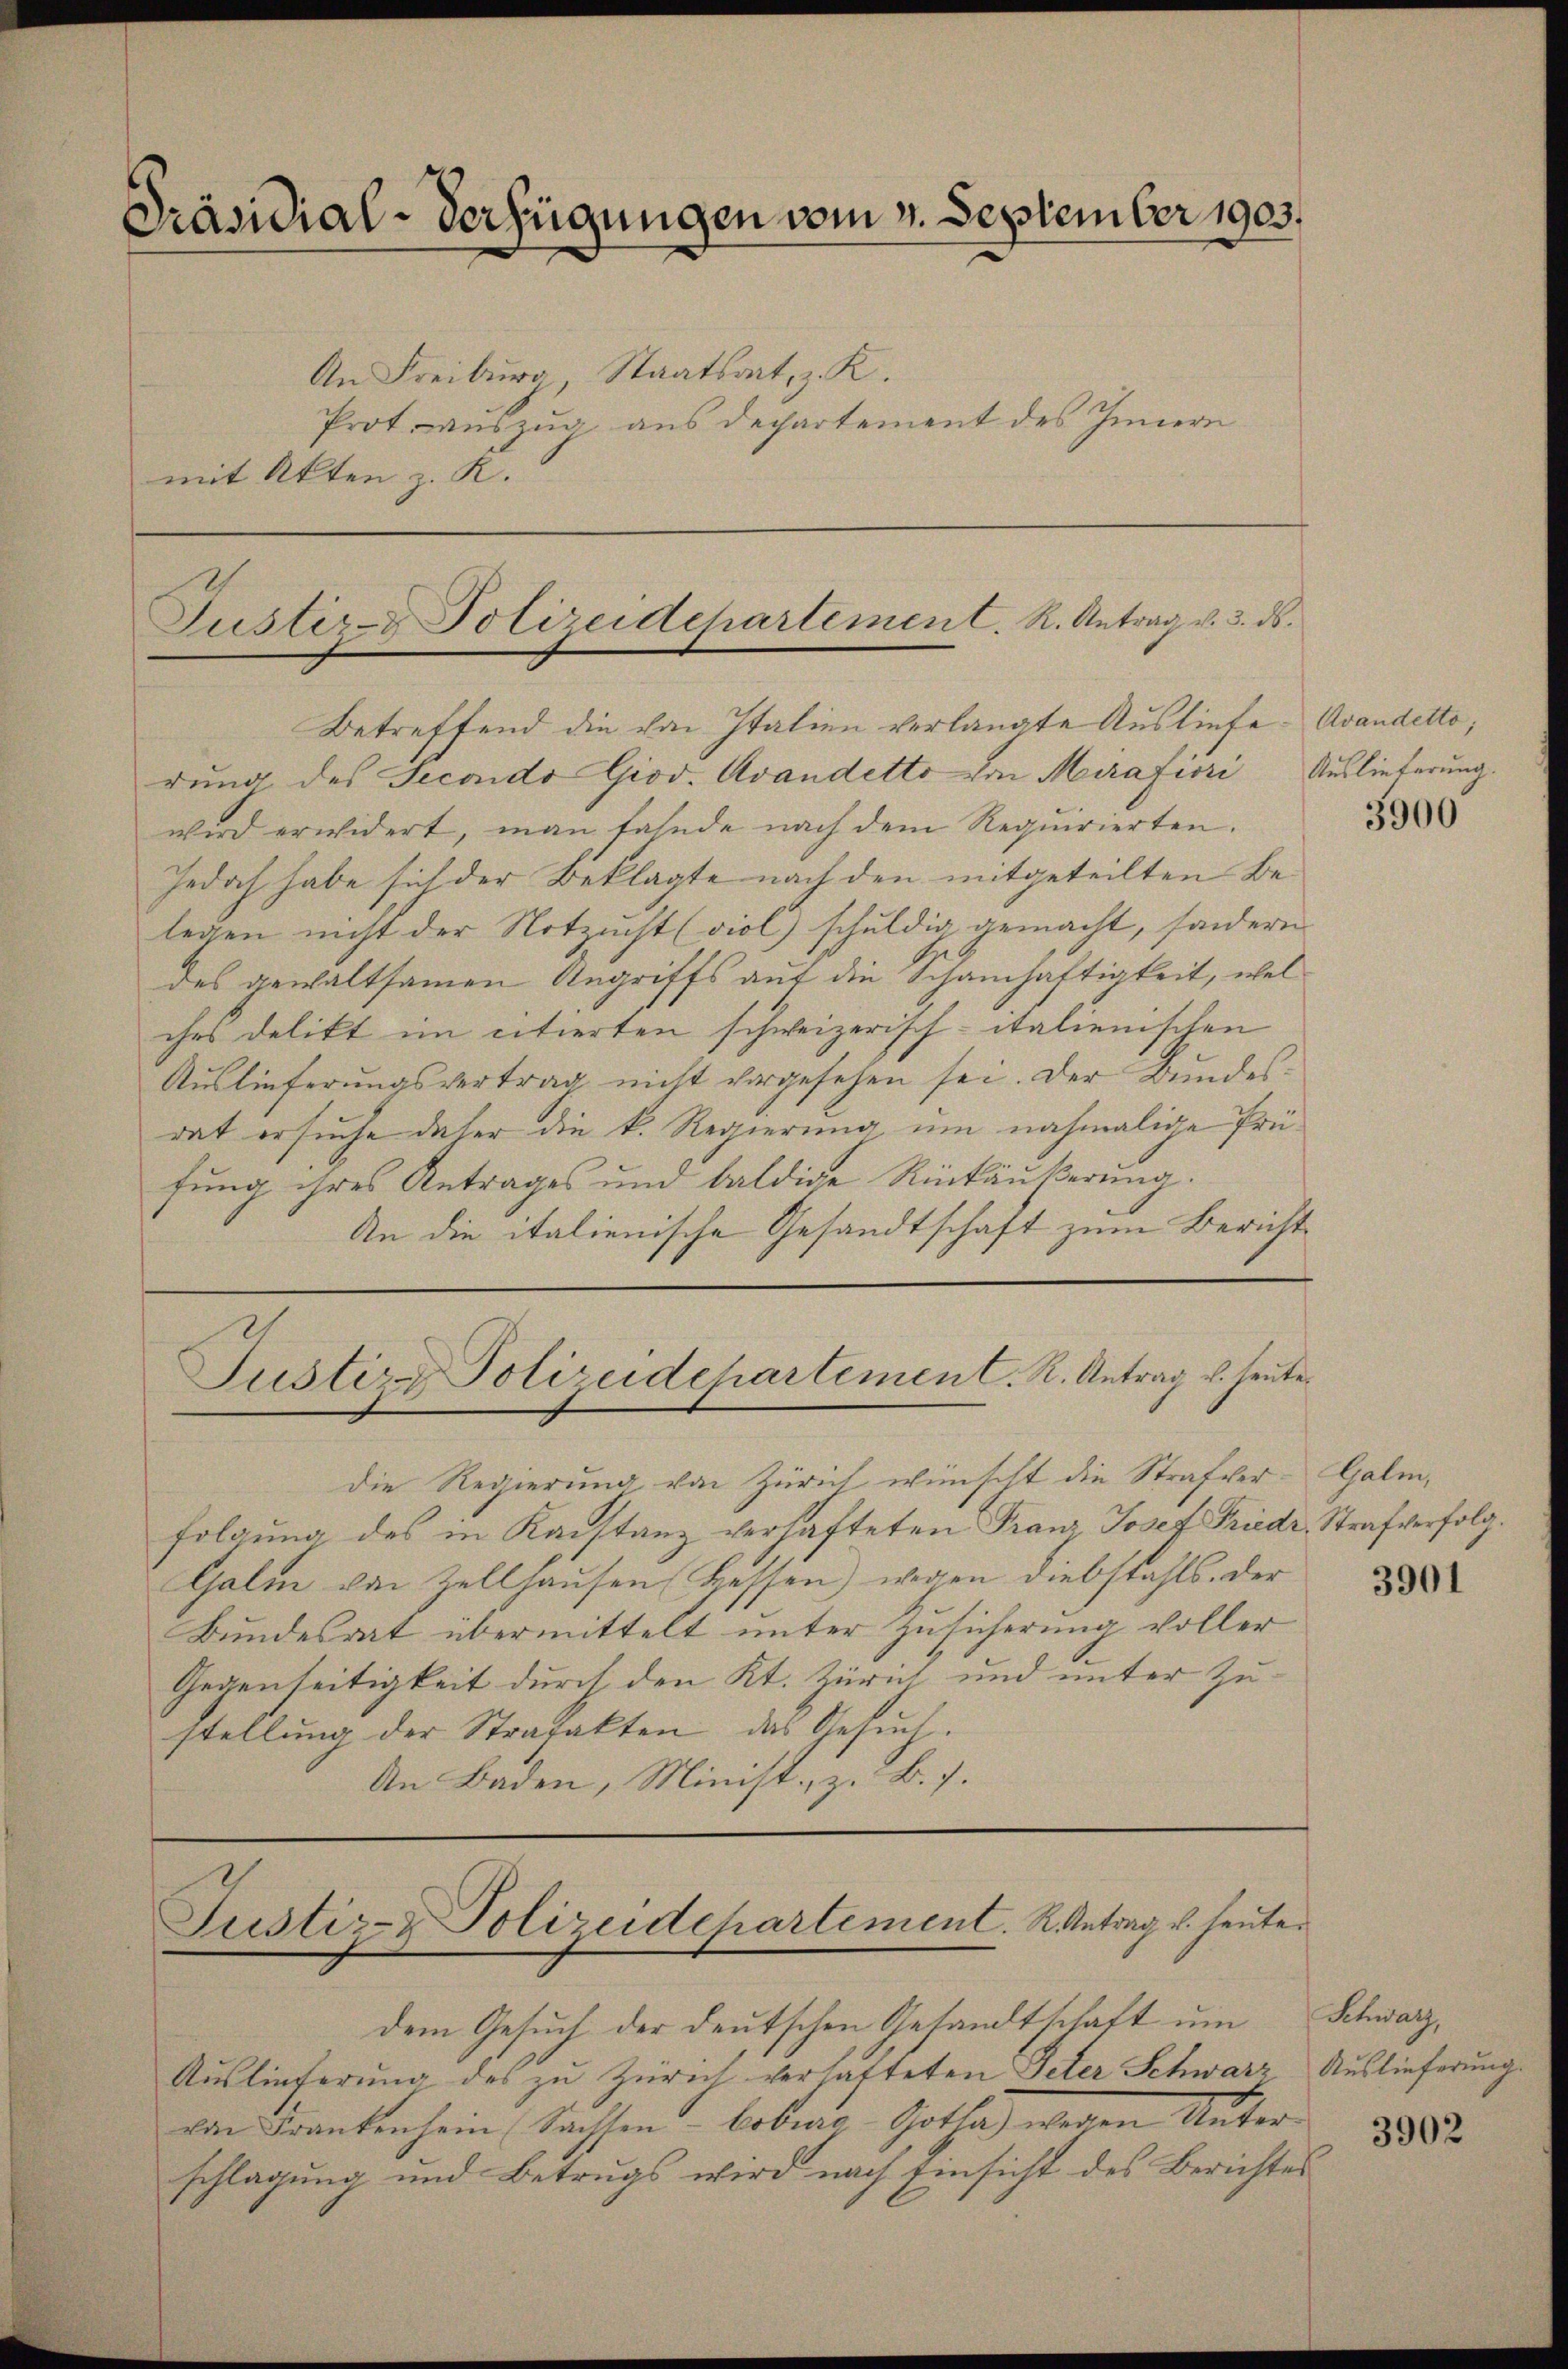
Präsidial-Verfügungen vom 4. September 1903.

An Freiburg, Staatsart, z. K.
Prot auszug aus Departement des Innern
mit Akten z. K.

Justiz- & Polizeidchartement. R. Antrag v. 3. ds.

Betreffend die von Italien verlangte Ausliefe Avandetto;
rung des Secondo Giov. Avandetto von Mirafiori Auslieferung.
wird erwidert, man fande nach dem Requirierten.
Jedoch habe sich der Beklagte nach den mitgeteilten Belegen nicht der Notzucht (viol) schuldig gemacht, sondern
des gewaltsamen Angriffs auf die Schamhaftigkeit, wel
ches delikt im citierten schweizerisch-italienischen
Auslieferungsvertrag nicht vorgesehen sei. Der Bundes-
dat ersuche daher die k. Regierung, um nochmalige Prüfung ihres Antrages und baldige Rückäußerung.
An die italienische Gesandtschaft zum Bericht
Justirg Polizeidchartement. R. Antrag u. heute.
die Regierung von Zürich wünscht die Strafverfolgung des in Kanstanz verhafteten Franz Josef Friedr. Strafverfolg.
Galm von Zellhausen Hessen) wegen Diebstahls. Der
Bundesrat übermittelt unter Zusicherung voller
Gegenseitigkeit durch den Kt. Zürich und unter Zu-
stellung der Strafakten das Gesuch.
An Baden, Minist, z. B. J.

Justiz- & Polizeidchartement. K. Antrag v. heute.

dem Gesuch der deutschen Gesandtschaft um
Auslieferung des zu Zürich verhatteten Peter Schwarz Auslieferung.
von Frankenhein Sachsen Coburg Gotha) wegen Unter 1880
schlagung und Betrugs wird nach Einsicht des Berichtes

3900

Galm,

3901

Schwarz,